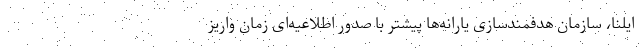
ایلنا، سازمان هدفمندسازی یارانه‌ها پیشتر با صدور اطلاعیه‌ای زمان واریز